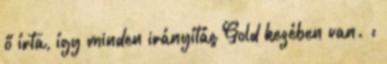
ő írta, így minden irányítás Gold kezében van. :